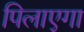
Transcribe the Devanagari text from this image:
पिलाएगा